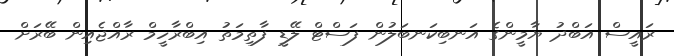
ރައީސް އަބްދު ޔާމީންގެ އަނބިކަނބަލުން ފަސްޓް ލޭޑީ ފާތިމަތު އިބްރާހީމް ރާއްޖެއިން ބޭރަށް